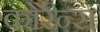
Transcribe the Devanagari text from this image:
कोर्रेन्स